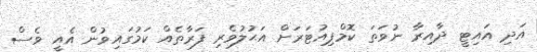
އަދި އައިޓީ ދާއިރާ ނުވަތަ ކޮމްޕިއުޓަރަށް އަޙުލުވެރި ފަރާތެއް ކަމުގައިވުން އެއީ ވެސް